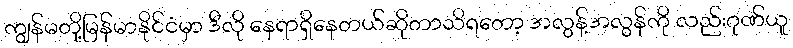
ကျွန်မတို့မြန်မာနိုင်ငံမှာ ဒီလို နေရာရှိနေတယ်ဆိုတာသိရတော့ အလွန့်အလွန်ကို လည်းဂုဏ်ယူ